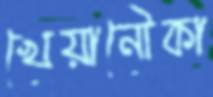
খেয়ানৌকা